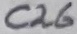
Text: C26